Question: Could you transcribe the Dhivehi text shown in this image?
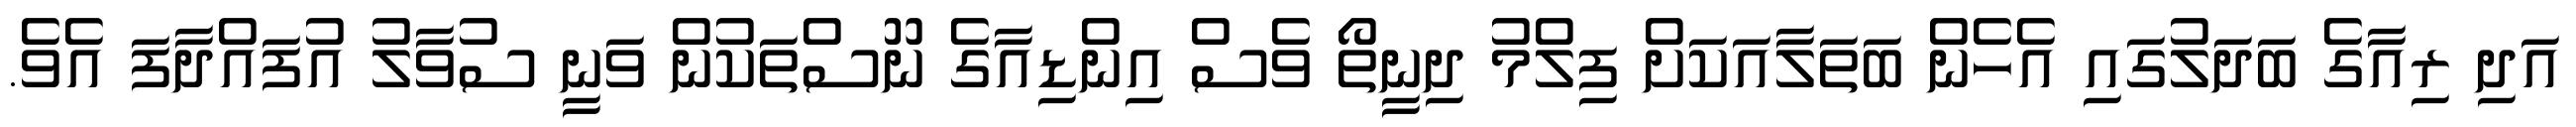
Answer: އަދި ރިއާގެ ބަދަލުގައި އެހެން ބަތަލާއަކަށް ފިލްމު ދިނީތޯ ވެސް އިންޑިއާގެ ނޫސްތަކުން ވަނީ ސުވާލު އުފައްދާފަ އެވެ.